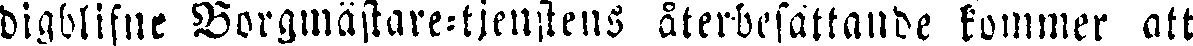
digblifne Borgmästare-tjenstens återbesättande kommer att